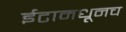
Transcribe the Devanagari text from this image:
ईटामधूनच